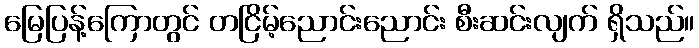
မြေပြန့်ကြောတွင် တငြိမ့်ညောင်းညောင်း စီးဆင်းလျက် ရှိသည်။